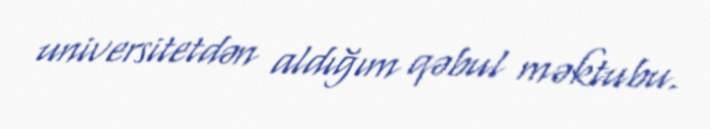
universitetdən aldığım qəbul məktubu.